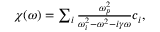
\begin{array} { r } { \chi ( \omega ) = \sum _ { i } \frac { \omega _ { p } ^ { 2 } } { \omega _ { i } ^ { 2 } - \omega ^ { 2 } - i \gamma \omega } c _ { i } , } \end{array}